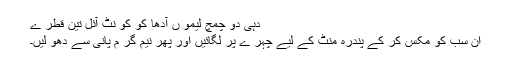
دہی دو چمچ لیمو ں آدھا کو کو نٹ آئل تین قطر ے
ان سب کو مکس کر کے پندرہ منٹ کے لیے چہر ے پر لگائیں اور پھر نیم گر م پانی سے دھو لیں۔